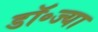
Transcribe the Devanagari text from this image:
डॉ॰ज्या